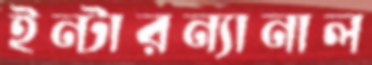
ইন্টারন্যানাল